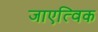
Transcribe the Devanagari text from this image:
जाएत्विक